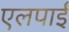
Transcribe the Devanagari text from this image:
एलपाईं